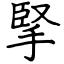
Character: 掔